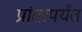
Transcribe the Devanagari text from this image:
प्रांतापर्यंत